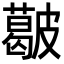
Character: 𥀥